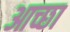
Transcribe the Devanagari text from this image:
आच्छा